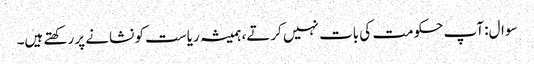
سوال: آپ حکومت کی بات نہیں کرتے، ہمیشہ ریاست کو نشانے پر رکھتے ہیں۔